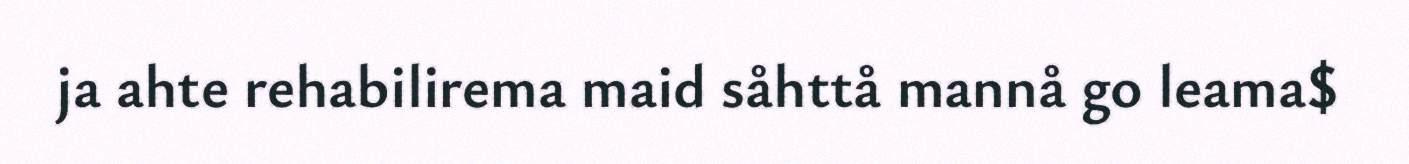
ja ahte rehabilirema maid såhttå mannå go leama$